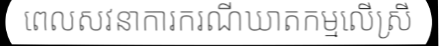
ពេលសវនាការករណីឃាតកម្មលើស្រី